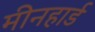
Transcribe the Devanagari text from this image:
मीनहार्ड